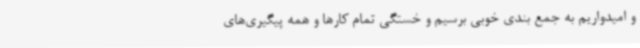
و امیدواریم به جمع بندی خوبی برسیم و خستگی تمام کارها و همه پیگیری‌های